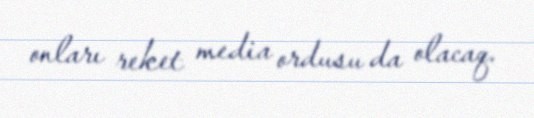
onları reket media ordusu da olacaq.